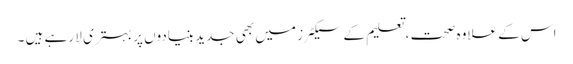
اس کے علاوہ صحت ، تعلیم کے سیکٹر ز میں بھی جدید بنیادوں پر بہتری لا رہے ہیں ۔